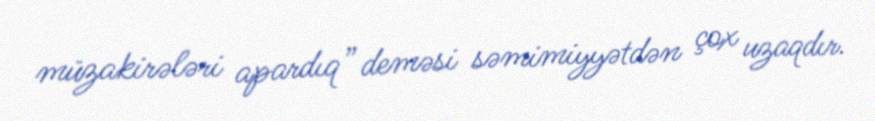
müzakirələri apardıq” deməsi səmimiyyətdən çox uzaqdır.